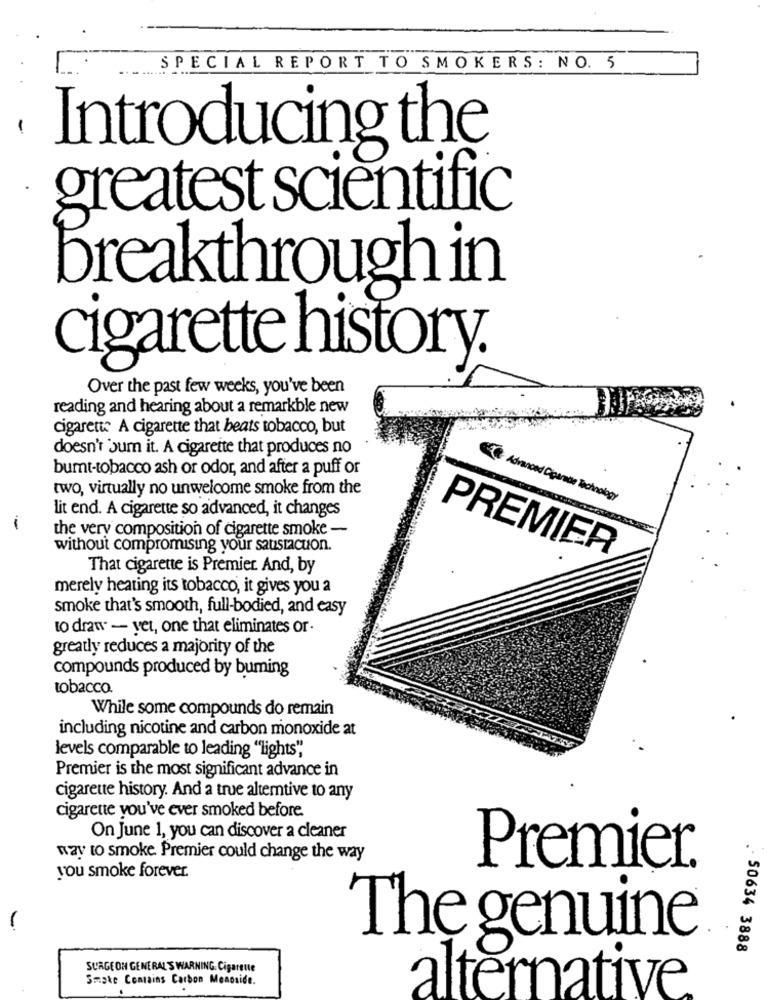
SPECIAL REPORT TO SMOKERS: NO. 5
-
Introducing the
greatest scientific
breakthrough in
cigarette history.
Over the past few weeks, you've been
reading and hearing about a remarkble new
cigarette A cigarette that beats tobacco, but
doesn't sum it. A cigarette that produces no
bumt-tobacco ash or odor, and after a puff or
two, virtually no unwelcome smoke from the
Advanced Cigarede Technology
lit end. A cigarette so advanced, it changes
the very composition of cigarette smoke -
without compromising your saustacuon.
PREMIER
That cigarette is Premier And, by
merely heating its tobacco, it gives you a
smoke that's smooth, full-bodied, and easy
to draw - yet, one that eliminates or-
greatly reduces a majority of the
compounds produced by buming
tobacco.
While some compounds do remain
including nicotine and carbon monoxide at
levels comparable to leading "lights",
Premier is the most significant advance in
cigarette history. And a true altemtive to any
cigarette you've ever smoked before.
On June 1, you can discover a cleaner
way to smoke Premier could change the way
Premier.
you smoke forever.
-
The genuine
50634 3888
SURGEON GENERAL'S WARNING. Cigarette
Smoke Contains Carbon Monoxide.
alternative